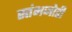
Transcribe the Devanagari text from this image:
स्तंभजोडी